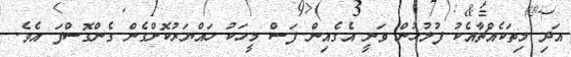
އަދި މިތަކެއްޗާއެކު ފުލުހުން ވަނީ އެގެއިން ފަސް މީހަކު ހައްޔަރުކޮށްގެން ގެންގޮސްފަ އެވެ.